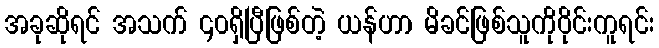
အခုဆိုရင် အသက် ၄၀ရှိပြီဖြစ်တဲ့ ယန်ဟာ မိခင်ဖြစ်သူကိုဝိုင်းကူရင်း